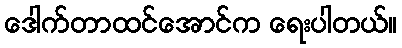
ဒေါက်တာထင်အောင်က ရေးပါတယ်။